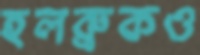
হলব্রুকও